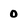
Character: 0